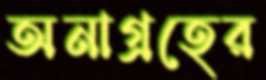
অনাগ্রহের